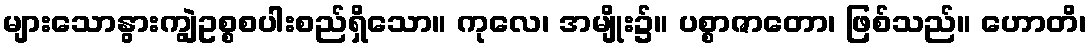
များသောနွားကျွဲဥစ္စစပါးစည်ရှိသော။ ကုလေ၊ အမျိုး၌။ ပစ္စာဇာတော၊ ဖြစ်သည်။ ဟောတိ၊